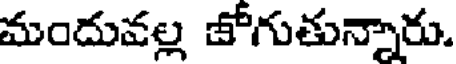
మందువల్ల జోగుతున్నారు.